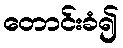
တောင်းခံ၍